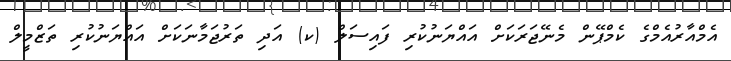
އެމްއާރުއެމްގެ ކެމްޕޭން މެނޭޖަރަކަށް އައްޔަނުކުރި ފައިސަލް (ކ) އަދި ތަރުޖަމާނަކަށް އައްޔަނުކުރި ތަޒްމީލް